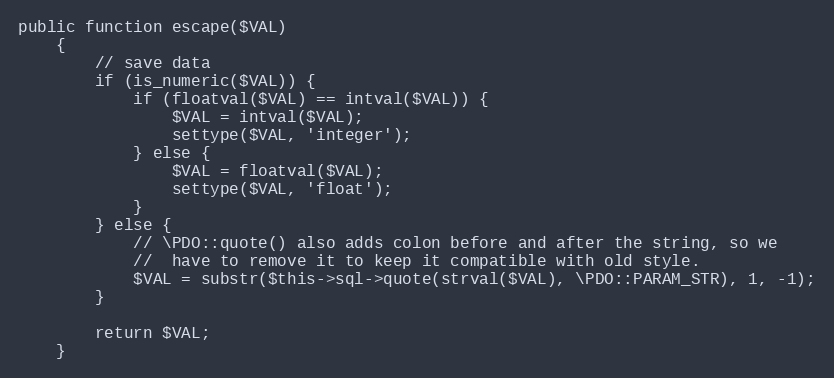
Language: PHP
public function escape($VAL)
    {
        // save data
        if (is_numeric($VAL)) {
            if (floatval($VAL) == intval($VAL)) {
                $VAL = intval($VAL);
                settype($VAL, 'integer');
            } else {
                $VAL = floatval($VAL);
                settype($VAL, 'float');
            }
        } else {
            // \PDO::quote() also adds colon before and after the string, so we
            //  have to remove it to keep it compatible with old style.
            $VAL = substr($this->sql->quote(strval($VAL), \PDO::PARAM_STR), 1, -1);
        }

        return $VAL;
    }